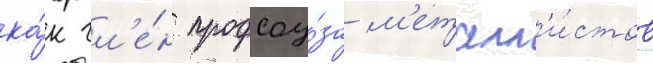
ка́к чл'е́н профсоу́за м'еталл'и́стов